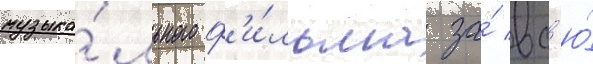
музыка́льного ф'и́льма за́ вс'ю́